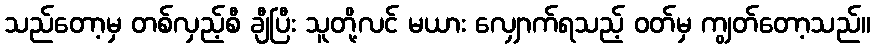
သည်တော့မှ တစ်လှည့်စီ ချီပြီး သူတို့လင် မယား လျှောက်ရသည့် ဝတ်မှ ကျွတ်တော့သည်။